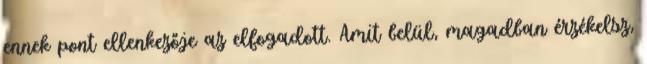
ennek pont ellenkezője az elfogadott. Amit belül, magadban érzékelsz,